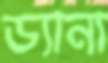
ড্যানা